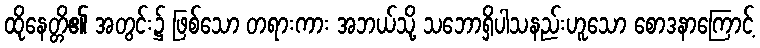
ထိုနေတ္တိ၏ အတွင်း၌ ဖြစ်သော တရားကား အဘယ်သို့ သဘောရှိပါသနည်းဟူသော စောဒနာကြောင့်